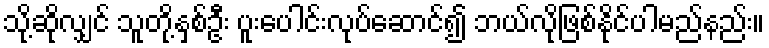
သို့ဆိုလျှင် သူတို့နှစ်ဦး ပူးပေါင်းလုပ်ဆောင်၍ ဘယ်လိုဖြစ်နိုင်ပါမည်နည်း။